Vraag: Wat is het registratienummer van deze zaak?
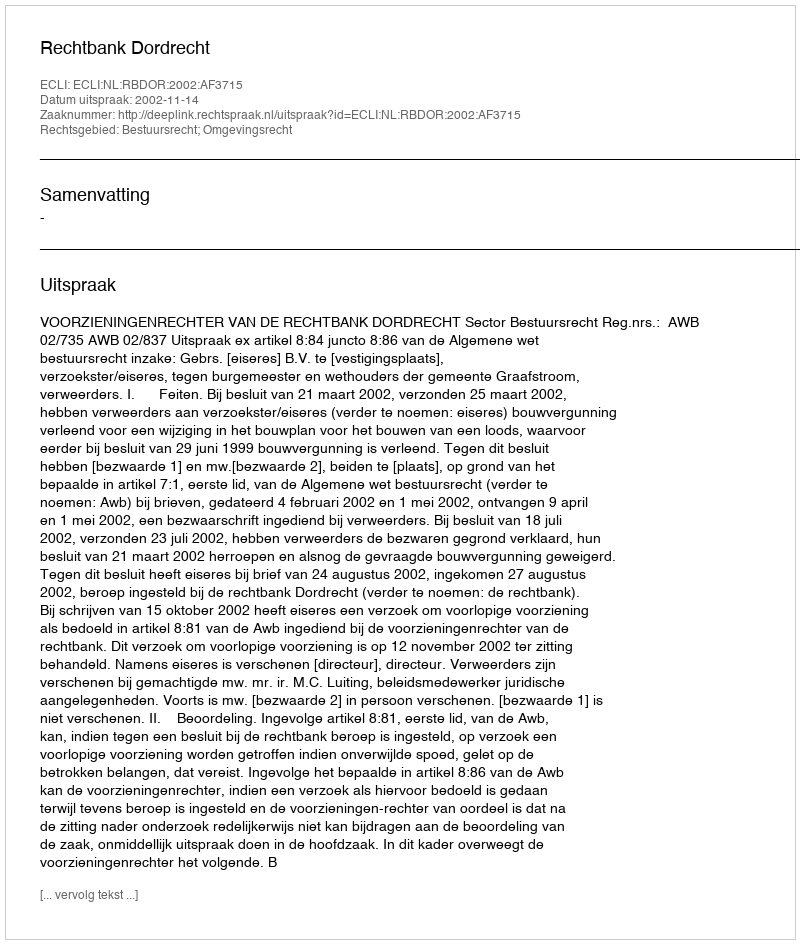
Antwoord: http://deeplink.rechtspraak.nl/uitspraak?id=ECLI:NL:RBDOR:2002:AF3715